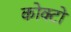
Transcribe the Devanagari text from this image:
कोक्टो